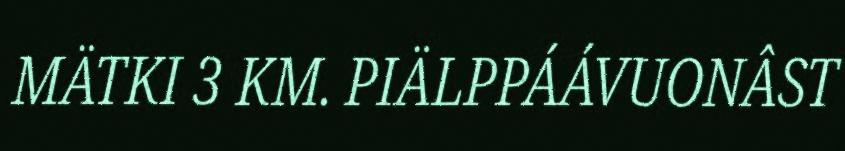
MÄTKI 3 KM. PIÄLPPÁÁVUONÂST